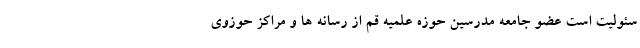
سئولیت است عضو جامعه مدرسین حوزه علمیه قم از رسانه ها و مراکز حوزوی